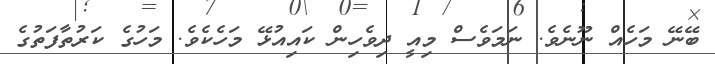
ބޭނޭ މަހެއް ނޫނެވެ. ނަމަވެސް މިއީ ދިވެހިން ކައިއުޅޭ މަހެކެވެ. މަހުގެ ކަރުތާފަތުގެ